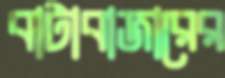
বাটাবাজারের